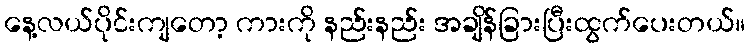
နေ့လယ်ပိုင်းကျတော့ ကားကို နည်းနည်း အချိန်ခြားပြီးထွက်ပေးတယ်။